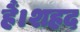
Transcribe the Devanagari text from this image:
हैं।शहद